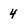
Character: 4